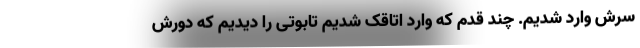
سرش وارد شدیم. چند قدم که وارد اتاقک شدیم تابوتی را دیدیم که دورش